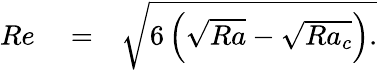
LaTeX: \begin{array}{rlr}{Re}&{{}=}&{\sqrt{6\left(\sqrt{Ra}-\sqrt{Ra_{c}}\right).}}\end{array}